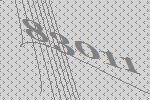
83011